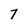
Character: 7